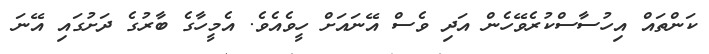
ކަންތައް އިހުސާސްކުރެވޭހެން އަދި ވެސް އޭނައަށް ހީވެއެވެ. އެމީހާގެ ބާރުގެ ދަށުގައި އޭނަ